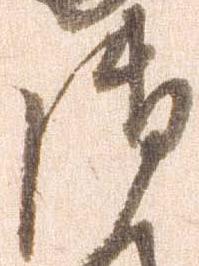
御